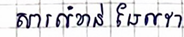
សារសំខាន់ដែលវា